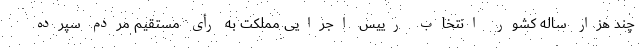
چند هزار ساله کشور انتخاب رییس اجرایی مملکت به رأی مستقیم مردم سپرده